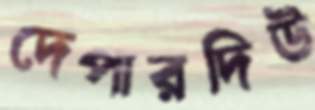
দেপারদিউ